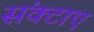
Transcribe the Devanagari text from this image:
संक्टाए